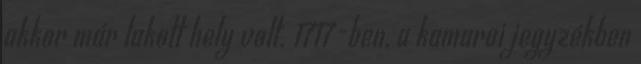
akkor már lakott hely volt. 1717-ben, a kamarai jegyzékben